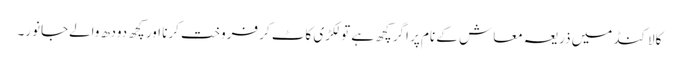
کالاکنڈ میں ذریعہ معاش کے نام پر اگر کچھ ہے تو لکڑی کاٹ کر فروخت کرنا اور کچھ دودھ والےجانور۔